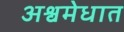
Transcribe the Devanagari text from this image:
अश्वमेधात